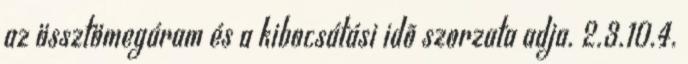
az össztömegáram és a kibocsátási idõ szorzata adja. 2.3.10.4.